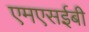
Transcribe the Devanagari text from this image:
एमएसईबी